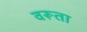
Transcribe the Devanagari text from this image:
वरूता